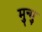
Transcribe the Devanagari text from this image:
मुन्मु